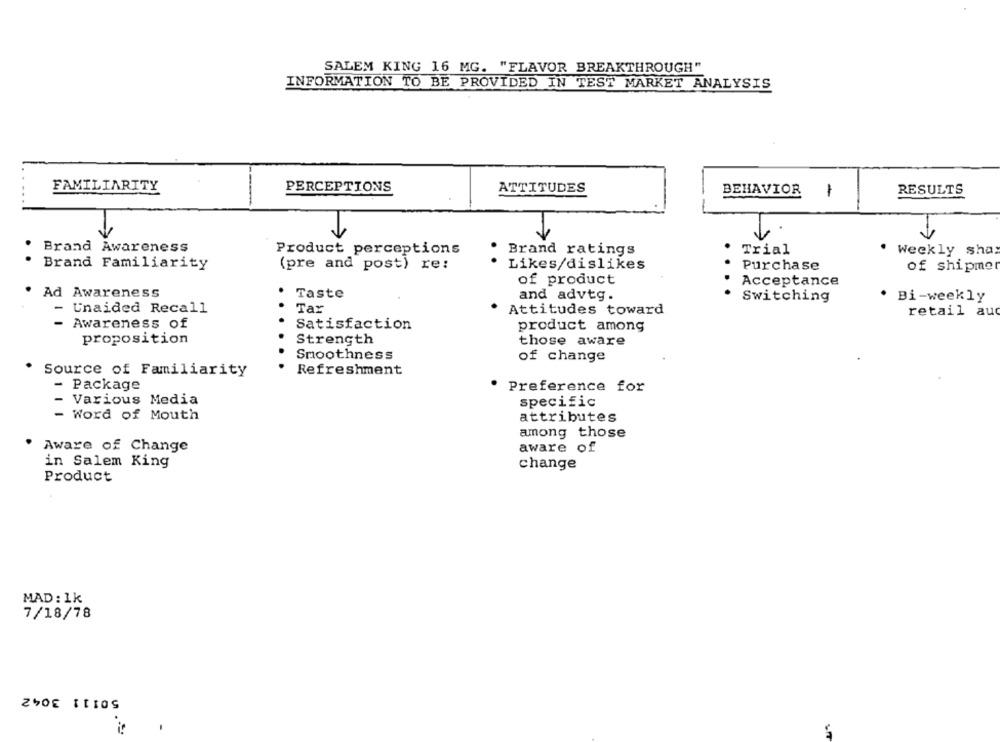
SALEM KING 16 MG. "FLAVOR BREAKTHROUGH"
INFORMATION TO BE PROVIDED IN TEST MARKET ANALYSIS
FAMILIARITY
PERCEPTIONS
ATTITUDES
BEHAVIOR
1
RESULTS
-----
Brand Awareness
Product perceptions
Brand ratings
Trial
. Weekly sha
Brand Familiarity
(pre and post) re:
Likes/dislikes
Purchase
of shipmer
of product
Acceptance
. Ad Awareness
Taste
and advtg.
Switching
. Bi-weekly
- Unaided Recall
Tar
Attitudes toward
retail au
- Awareness of
Satisfaction
product among
proposition
Strength
those aware
Smoothness
of change
* Source of Familiarity
Refreshment
- Package
Preference for
- Various Media
specific
- Word of Mouth
attributes
among those
· Aware of Change
aware of
in Salem King
change
Product
MAD : 1k
7/18/78
50111 3042